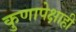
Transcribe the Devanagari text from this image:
कुणापेक्षाही